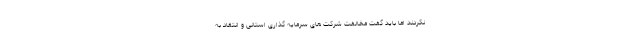
نکردند اما باید گفت مخالفت شرکت های سرمایه گذاری استانی و انتقاد به